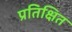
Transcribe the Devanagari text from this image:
प्रतिक्षित